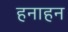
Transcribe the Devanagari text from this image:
हनाहन